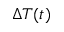
\Delta T ( t )